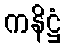
ကနိဋ္ဌံ